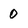
Character: 0